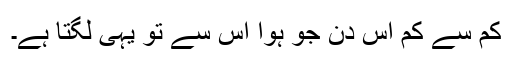
کم سے کم اس دن جو ہوا اس سے تو یہی لگتا ہے۔